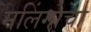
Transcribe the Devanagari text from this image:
मलिंगाचा